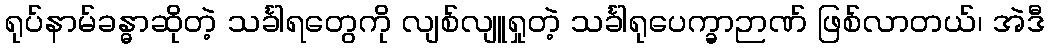
ရုပ်နာမ်ခန္ဓာဆိုတဲ့ သင်္ခါရတွေကို လျစ်လျူရှုတဲ့ သင်္ခါရုပေက္ခာဉာဏ် ဖြစ်လာတယ်၊ အဲဒီ